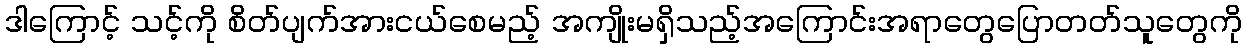
ဒါကြောင့် သင့်ကို စိတ်ပျက်အားငယ်စေမည့် အကျိုးမရှိသည့်အကြောင်းအရာတွေပြောတတ်သူတွေကို